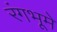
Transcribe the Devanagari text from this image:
रंगभूमे